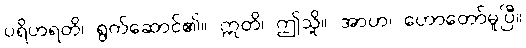
ပရိဟရတိ၊ ရွက်ဆောင်၏။ ဣတိ၊ ဤသို့။ အာဟ၊ ဟောတော်မူပြီ။